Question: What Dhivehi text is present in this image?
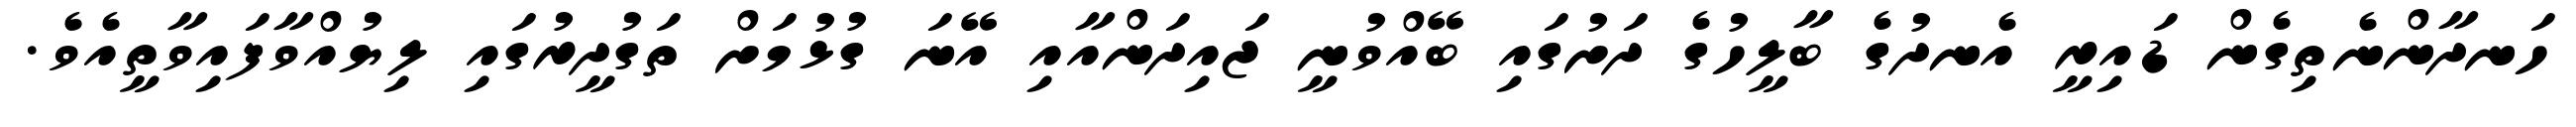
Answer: ހަނދާންނެތިގެން ޑައިރީ އެނދުގެ ބާލީހުގެ ދަށުގައި ބޭއްވުނީ ޖައިދަންއާއި އޭނަ ގުޅުމަށް ތަގުދީރުގައި ލިޔުއްވާފައިވާތީއެވެ.